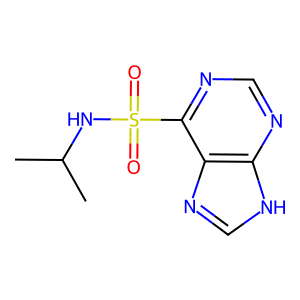
SMILES: CC(C)NS(=O)(=O)c1ncnc2[nH]cnc12
Inhibits HIV replication: No